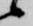
候